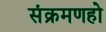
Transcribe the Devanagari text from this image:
संक्रमणहो